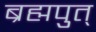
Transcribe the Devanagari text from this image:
ब्रह्मपुत्